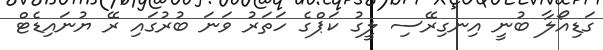
ގަޑިއޯލާ ބުނީ އިނގިރޭސި ލީގު ކަޕްގެ ހަތަރު ވަނަ ބުރުގައި ރޭ ޔުނައިޑެޓް